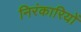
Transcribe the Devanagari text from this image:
निरंकारियों